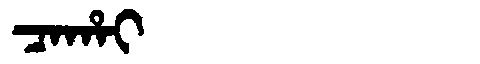
Manchu: ᠴᠠᡥᠠᡳ
Romanization: CAHAI